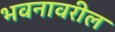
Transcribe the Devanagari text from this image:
भवनावरील